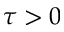
\tau > 0